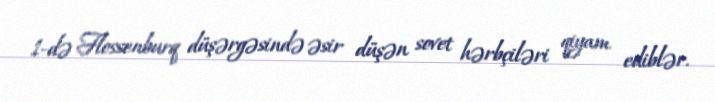
1-də Flossenburq düşərgəsində əsir düşən sovet hərbçiləri qiyam ediblər.